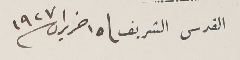
القدس الشريف / ١٥ حزيران سنة ١٩٢٧